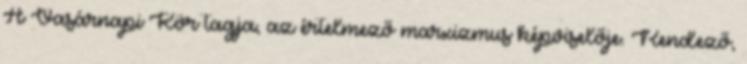
A Vasárnapi Kör tagja, az értelmező marxizmus képviselője. Rendező,